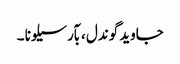
جاوید گوندل ، بآرسیلونا ۔